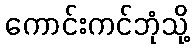
ကောင်းကင်ဘုံသို့